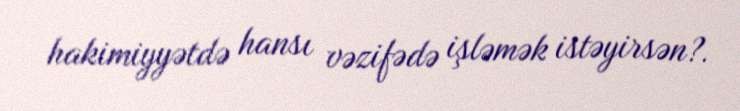
hakimiyyətdə hansı vəzifədə işləmək istəyirsən?.